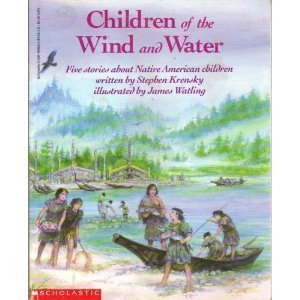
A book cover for Children of the Wind and Water: Five Stories About Native American Children; Stephen Krensky; Children's Books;